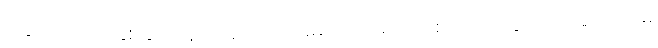
ဒါဆို အသက်နှစ်ဆယ်နဲ့ ငါးဆယ်ကြားမှာ အမေ့ကို ပြုစုတာကလွဲလို့ တခြား ဘာမှ